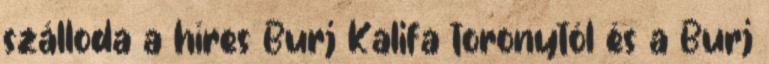
szálloda a híres Burj Kalifa toronytól és a Burj